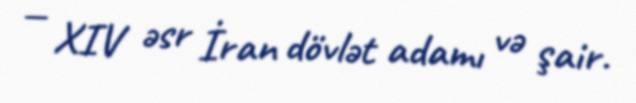
— XIV əsr İran dövlət adamı və şair.